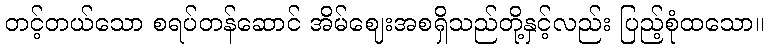
တင့်တယ်သော စရပ်တန်ဆောင် အိမ်ဈေးအစရှိသည်တို့နှင့်လည်း ပြည့်စုံထသော။